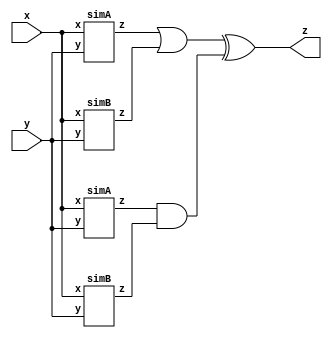
module top_module (input x, input y, output z);

    wire a1, a2, b1, b2;
    simA A1 (x, y, a1);
    simB B1 (x, y, b1);
    simA A2 (x, y, a2);
    simB B2 (x, y, b2);
    assign z = (a1 | b1) ^ (a2 & b2);
    
endmodule

module simA (input x, input y, output z);
    assign z = (x ^ y) & x;
endmodule

module simB (input x, input y, output z);
    assign z = ~(x ^ y);
endmodule